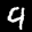
Label: 9